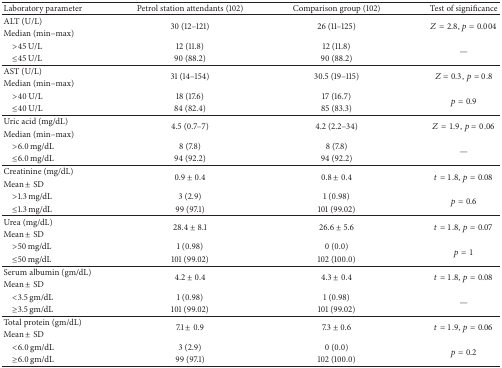
<table><thead><tr><td><b>Laboratory parameter</b></td><td><b>Petrol station attendants (102)</b></td><td><b>Comparison group (102)</b></td><td><b>Test of significance</b></td></tr></thead><tbody><tr><td>ALT (U/L)</td><td rowspan="2">30 (12–121)</td><td rowspan="2">26 (11–125)</td><td rowspan="2"><i>Z</i> = 2.8, <i>p</i> = 0.004</td></tr><tr><td>Median (min–max)</td></tr><tr><td> &gt;45 U/L</td><td>12 (11.8)</td><td>12 (11.8)</td><td rowspan="2">—</td></tr><tr><td> ≤45 U/L</td><td>90 (88.2)</td><td>90 (88.2)</td></tr><tr><td>AST (U/L)</td><td rowspan="2">31 (14–154)</td><td rowspan="2">30.5 (19–115)</td><td rowspan="2"><i>Z</i> = 0.3, <i>p</i> = 0.8</td></tr><tr><td>Median (min–max)</td></tr><tr><td> &gt;40 U/L</td><td>18 (17.6)</td><td>17 (16.7)</td><td rowspan="2"><i>p</i> = 0.9</td></tr><tr><td> ≤40 U/L</td><td>84 (82.4)</td><td>85 (83.3)</td></tr><tr><td>Uric acid (mg/dL)</td><td rowspan="2">4.5 (0.7–7)</td><td rowspan="2">4.2 (2.2–34)</td><td rowspan="2"><i>Z</i> = 1.9, <i>p</i> = 0.06</td></tr><tr><td>Median (min–max)</td></tr><tr><td> &gt;6.0 mg/dL</td><td>8 (7.8)</td><td>8 (7.8)</td><td rowspan="2">—</td></tr><tr><td> ≤6.0 mg/dL</td><td>94 (92.2)</td><td>94 (92.2)</td></tr><tr><td>Creatinine (mg/dL)</td><td rowspan="2">0.9 ± 0.4</td><td rowspan="2">0.8 ± 0.4</td><td rowspan="2"><i>t</i> = 1.8, <i>p</i> = 0.08</td></tr><tr><td>Mean ± SD</td></tr><tr><td> &gt;1.3 mg/dL</td><td>3 (2.9)</td><td>1 (0.98)</td><td rowspan="2"><i>p</i> = 0.6</td></tr><tr><td> ≤1.3 mg/dL</td><td>99 (97.1)</td><td>101 (99.02)</td></tr><tr><td>Urea (mg/dL)</td><td rowspan="2">28.4 ± 8.1</td><td rowspan="2">26.6 ± 5.6</td><td rowspan="2"><i>t</i> = 1.8, <i>p</i> = 0.07</td></tr><tr><td>Mean ± SD</td></tr><tr><td> &gt;50 mg/dL</td><td>1 (0.98)</td><td>0 (0.0)</td><td rowspan="2"><i>p</i> = 1</td></tr><tr><td> ≤50 mg/dL</td><td>101 (99.02)</td><td>102 (100.0)</td></tr><tr><td>Serum albumin (gm/dL)</td><td rowspan="2">4.2 ± 0.4</td><td rowspan="2">4.3 ± 0.4</td><td rowspan="2"><i>t</i> = 1.8, <i>p</i> = 0.08</td></tr><tr><td>Mean ± SD</td></tr><tr><td> &lt;3.5 gm/dL</td><td>1 (0.98)</td><td>1 (0.98)</td><td rowspan="2">—</td></tr><tr><td> ≥3.5 gm/dL</td><td>101 (99.02)</td><td>101 (99.02)</td></tr><tr><td>Total protein (gm/dL)</td><td rowspan="2">7.1 ± 0.9</td><td rowspan="2">7.3 ± 0.6</td><td rowspan="2"><i>t</i> = 1.9, <i>p</i> = 0.06</td></tr><tr><td>Mean ± SD</td></tr><tr><td> &lt;6.0 gm/dL</td><td>3 (2.9)</td><td>0 (0.0)</td><td rowspan="2"><i>p</i> = 0.2</td></tr><tr><td> ≥6.0 gm/dL</td><td>99 (97.1)</td><td>102 (100.0)</td></tr></tbody></table>